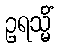
ဥရသ္မိံ